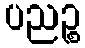
ပညဉ္စ